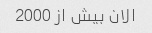
الان بیش از 2000